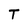
Character: T